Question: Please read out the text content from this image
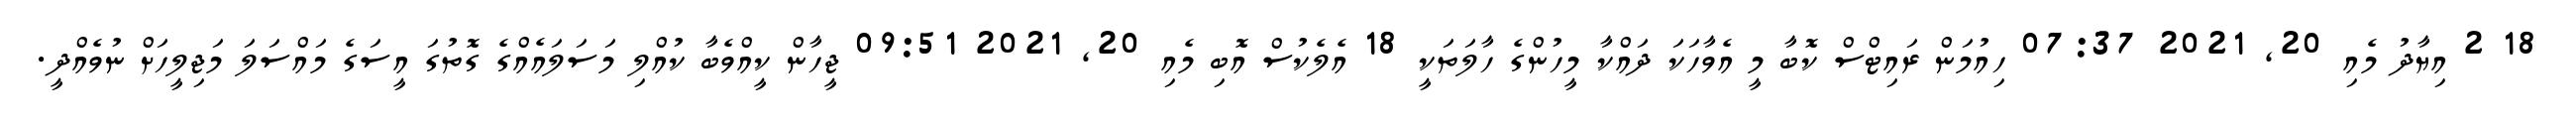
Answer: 18 2 އިޔާދު މެއި 20, 2021 07:37 ހިއުމަން ރައިޓްސް ކޮބާ މީ އެވާހަކަ ދައްކާ މީހުންގެ ހާލަތަކީ 18 އެލެކުސް އޮބި މެއި 20, 2021 09:51 ޖީހާން ކީއްވެބާ ކުއްލި މަސަލައެއްގެ ގޮތުގަ އީސަގެ މައްސަލަ މަޖިލީހަށް ނުވެއްދީ.